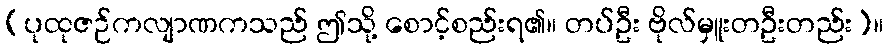
(ပုထုဇဉ်ကလျာဏကသည် ဤသို့ စောင့်စည်းရ၏။ တပ်ဦး ဗိုလ်မှူးတဦးတည်း)။